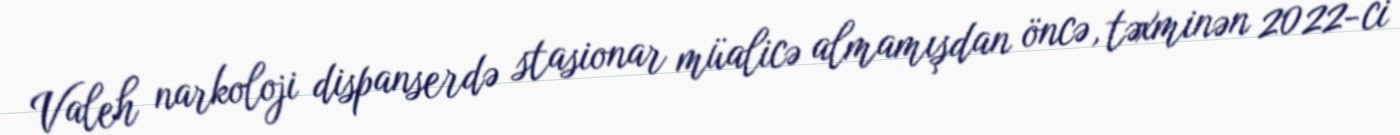
Valeh narkoloji dispanserdə stasionar müalicə almamışdan öncə, təxminən 2022-ci